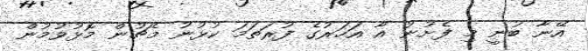
އޭނާ ބުނީ މި ފެށުނު އާ އަހަރުގެ ފުރަތަމަ ކުޅުނު މެޗުން މޮޅުވުމުން